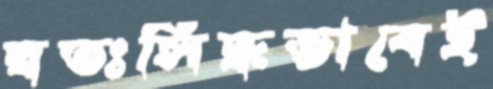
স্বতঃসিদ্ধভাবেই